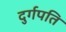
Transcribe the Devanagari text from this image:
दुर्गपति